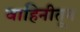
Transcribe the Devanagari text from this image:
वाहिनीतून